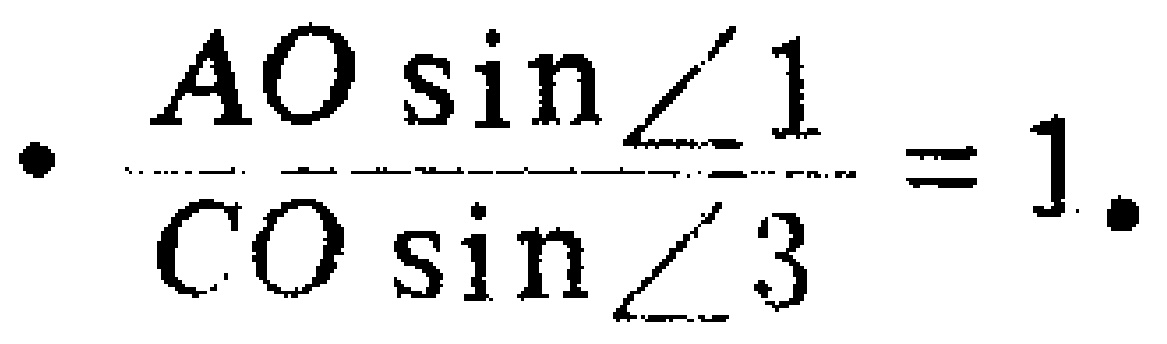
$\cdot\frac{AO\sin\angle1}{CO\sin\angle3}=1\cdot$